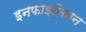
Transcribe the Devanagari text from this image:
इनफाइनियन